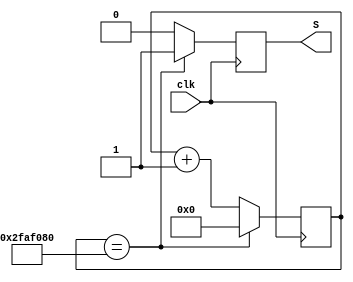
module DivisorFrequencias(clk, S);
	input clk;
	output reg S;
	reg [25:0] OUT;
	
	always @ (posedge clk)
		if (OUT == 26'd50000000)
			begin
				OUT <= 26'd0;
				S <= 1;
			end
		else
			begin
				OUT <= OUT + 1;
				S <= 0;
			end

endmodule